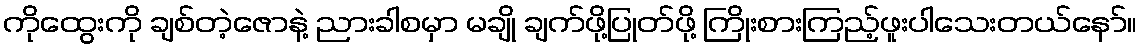
ကိုထွေးကို ချစ်တဲ့ဇောနဲ့ ညားခါစမှာ မချို ချက်ဖို့ပြုတ်ဖို့ ကြိုးစားကြည့်ဖူးပါသေးတယ်နော်။